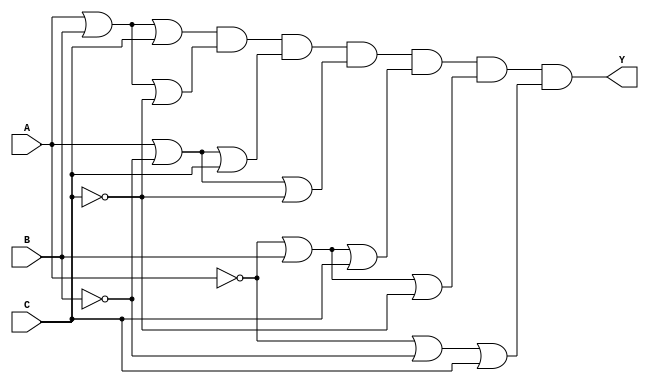
module pos_simplification (
    input wire A,  // Input A
    input wire B,  // Input B
    input wire C,  // Input C
    output wire Y  // Output Y
);

// Define the sum terms based on the truth table
// Assume the output is 0 for the combinations: 
// 000 (A=0, B=0, C=0) -> Sum term: (A + B + C)
// 001 (A=0, B=0, C=1) -> Sum term: (A + B + ~C)
// 010 (A=0, B=1, C=0) -> Sum term: (A + ~B + C)
// 011 (A=0, B=1, C=1) -> Sum term: (A + ~B + ~C)
// 100 (A=1, B=0, C=0) -> Sum term: (~A + B + C)
// 101 (A=1, B=0, C=1) -> Sum term: (~A + B + ~C)
// 110 (A=1, B=1, C=0) -> Sum term: (~A + ~B + C)

wire sum1 = A | B | C;       // (A + B + C)
wire sum2 = A | B | ~C;      // (A + B + ~C)
wire sum3 = A | ~B | C;      // (A + ~B + C)
wire sum4 = A | ~B | ~C;     // (A + ~B + ~C)
wire sum5 = ~A | B | C;      // (~A + B + C)
wire sum6 = ~A | B | ~C;     // (~A + B + ~C)
wire sum7 = ~A | ~B | C;     // (~A + ~B + C)

// Combine all sum terms using AND operation
assign Y = sum1 & sum2 & sum3 & sum4 & sum5 & sum6 & sum7;

endmodule